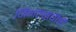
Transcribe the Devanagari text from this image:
जिंगल्सचीही